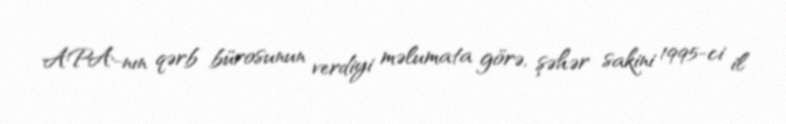
APA-nın qərb bürosunun verdiyi məlumata görə, şəhər sakini 1995-ci il